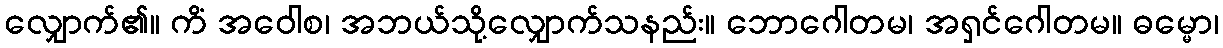
လျှောက်၏။ ကိံ အဝေါစ၊ အဘယ်သို့လျှောက်သနည်း။ ဘောဂေါတမ၊ အရှင်ဂေါတမ။ ဓမ္မော၊